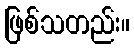
ဖြစ်သတည်း။